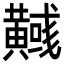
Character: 𪏞